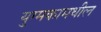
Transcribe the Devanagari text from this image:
युग्मकामधील